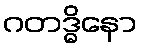
ဂတဒ္ဓိနော